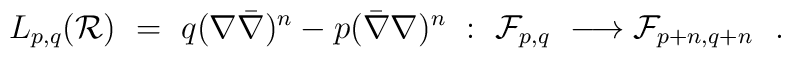
L_{p,q} ({\cal R}) \ = \ q (\nabla \bar{\nabla})^n-p (\bar{\nabla} \nabla )^n \ : \ {\cal F}_{p,q} \ \longrightarrow{\cal F}_{p+n,q+n} \ \ .